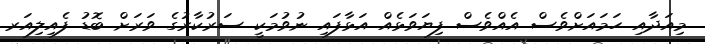
މިއަދާއި ހަމައަށްވެސް އެއްވެސް ފިޔަވަޅެއް އަޅާފައި ނުވުމަކީ ސަރުކާރުގެ ވަރަށް ބޮޑު ފެއިލިއަރ